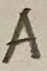
Text: A